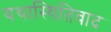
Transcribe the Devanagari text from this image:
यथास्थितिवाद